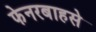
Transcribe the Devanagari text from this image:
फेनरबाहसे